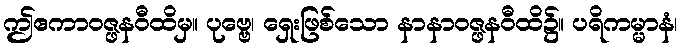
ဤဧကာဝဇ္ဖနဝီထိမှ။ ပုဗ္ဗေ၊ ရှေးဖြစ်သော နာနာဝဇ္ဖနဝီထိ၌။ ပရိကမ္မာနံ၊